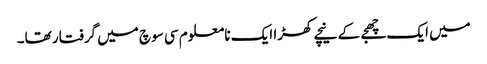
میں ایک چھجے کے نیچے کھڑا ایک نامعلوم سی سوچ میں گرفتار تھا۔